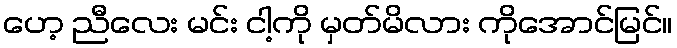
ဟေ့ ညီလေး မင်း ငါ့ကို မှတ်မိလား ကိုအောင်မြင်။